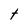
Character: t